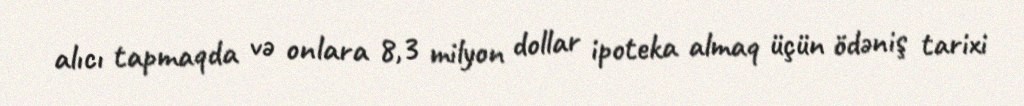
alıcı tapmaqda və onlara 8,3 milyon dollar ipoteka almaq üçün ödəniş tarixi